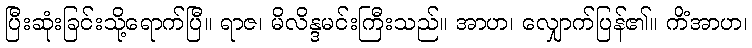
ပြီးဆုံးခြင်းသို့ရောက်ပြီ။ ရာဇ၊ မိလိန္ဒမင်းကြီးသည်။ အာဟ၊ လျှောက်ပြန်၏။ ကိံအာဟ၊